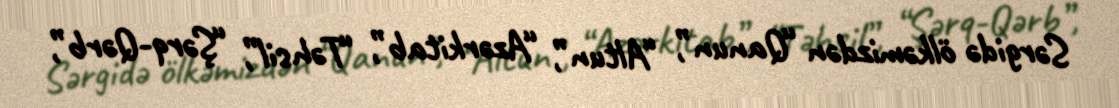
Sərgidə ölkəmizdən “Qanun”, “Altun”, “Azərkitab”, “Təhsil”, “Şərq-Qərb”,